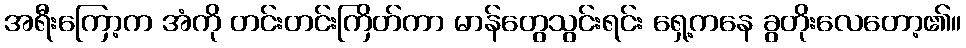
အရီးကြော့က အံကို တင်းတင်းကြိတ်ကာ မာန်တွေသွင်းရင်း ရှေ့ကနေ ခွတိုးလေတော့၏။